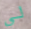
لي